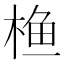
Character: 𮲵